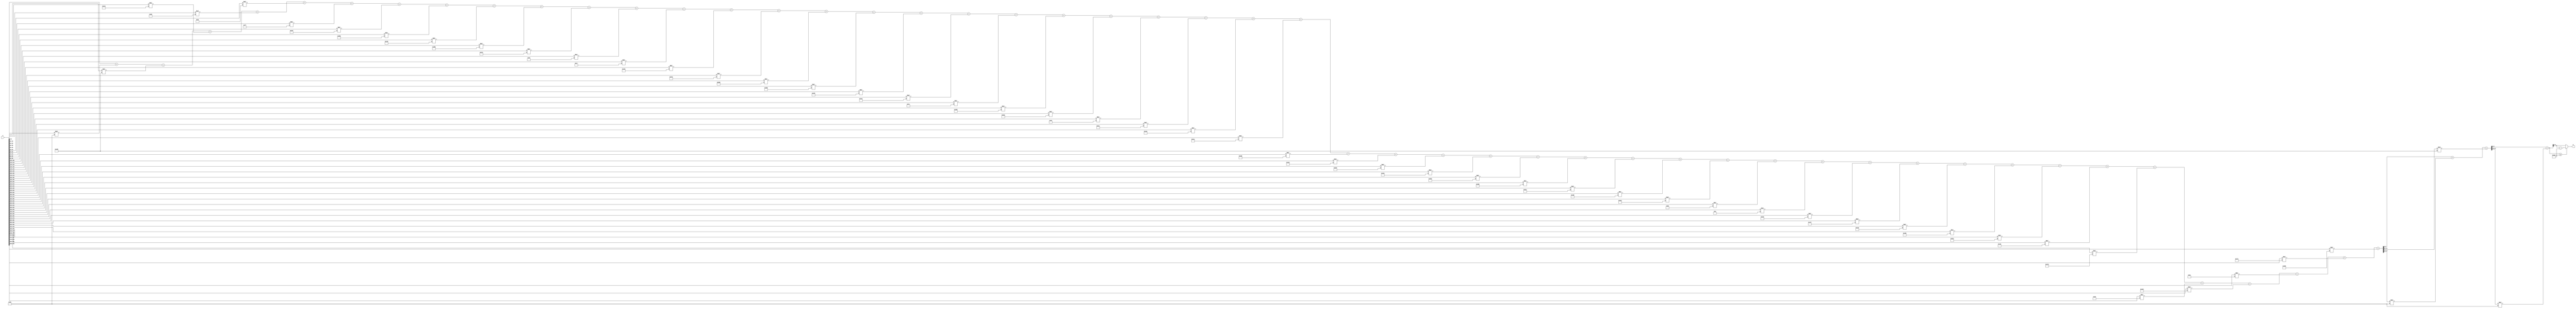
module x_500_mod_997(
    input [500:1] X,
    output [10:1] R
    );

wire [25:1] R_temp_1;
wire [16:1] R_temp_2;
wire [11:1] R_temp_3;
reg [10:1]  R_temp;

assign R_temp_1 = X [ 10 : 1 ]  + X [ 20 : 11 ] * 5'b11011 + X [ 30 : 21 ] * 10'b1011011001 + 
X [ 40 : 31 ] * 10'b1011100100 + X [ 50 : 41 ] * 6'b101000 + X [ 60 : 51 ] * 7'b1010011 + 
X [ 70 : 61 ] * 8'b11110111 + X [ 80 : 71 ] * 10'b1010101111 + X [ 90 : 81 ] * 10'b1001011011 + 
X [ 100 : 91 ] * 9'b101001001 + X [ 110 : 101 ] * 10'b1110001011 + X [ 120 : 111 ] * 10'b1000110001 + 
X [ 130 : 121 ] * 8'b11000000 + X [ 140 : 131 ] * 8'b11000111 + X [ 150 : 141 ] * 9'b110000100 + 
X [ 160 : 151 ] * 9'b111111010 + X [ 170 : 161 ] * 10'b1010111101 + X [ 180 : 171 ] * 10'b1111010101 +
X [ 190 : 181 ] * 10'b1000110101 + X [ 200 : 191 ] * 9'b100101100 + X [ 210 : 201 ] * 7'b1111100 + 
X [ 220 : 211 ] * 9'b101100101 + X [ 230 : 221 ] * 10'b1010011010 + X [ 240 : 231 ] * 6'b100100 + 
X [ 250 : 241 ] * 10'b1111001100 + X [ 260 : 251 ] * 9'b101000010 + X [ 270 : 261 ] * 10'b1011001110 + 
X [ 280 : 271 ] * 9'b110111011 + X [ 290 : 281 ] * 10'b1111100010 + X [ 300 : 291 ] * 10'b1110010100 + 
X [ 310 : 301 ] * 10'b1100100100 + X [ 320 : 311 ] * 10'b1100000011 + X [ 330 : 321 ] * 10'b1101101101 + 
X [ 340 : 331 ] * 10'b1011101100 + X [ 350 : 341 ] * 9'b100000000 + X [ 360 : 351 ] * 10'b1110100010 + 
X [ 370 : 361 ] * 8'b10111001 + X [ 380 : 371 ] * 4'b1010 + X [ 390 : 381 ] * 9'b100001110 + 
X [ 400 : 391 ] * 9'b100110111 + X [ 410 : 401 ] * 9'b110100101 + X [ 420 : 411 ] * 9'b110010000 + 
X [ 430 : 421 ] * 10'b1100111110 + X [ 440 : 431 ] * 9'b111011100 + X [ 450 : 441 ] * 10'b1101111000 + 
X [ 460 : 451 ] * 6'b110000 + X [ 470 : 461 ] * 9'b100101011 + X [ 480 : 471 ] * 7'b1100001 + 
X [ 490 : 481 ] * 10'b1001110001 + X [ 500 : 491 ] * 10'b1110011011 ;


assign R_temp_2 = R_temp_1 [ 10 : 1 ]  + R_temp_1 [ 20 : 11 ] * 5'b11011 + R_temp_1 [ 25 : 21 ] * 10'b1011011001 ;

assign R_temp_3 = R_temp_2 [ 10 : 1 ]  + R_temp_2 [ 16 : 11 ] * 5'b11011 ;

always @(R_temp_3)
begin
  if (R_temp_3 >= 10'b1111100101)
    R_temp <= R_temp_3 - 10'b1111100101;
  else
    R_temp <= R_temp_3;
end

assign R = R_temp;

endmodule